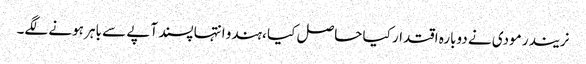
نریندر مودی نے دوبارہ اقتدار کیا حاصل کیا ،ہندو انتہا پسند آپے سے باہر ہونے لگے۔